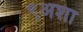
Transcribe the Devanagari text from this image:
९अशा